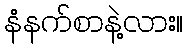
နံနက်စာနဲ့လား။